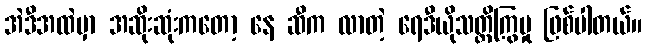
အဲဒီအထဲမှာ အဆိုးဆုံးကတော့ နေ ဆီက လာတဲ့ ရေဒီယိုသတ္တိကြွမှု ဖြစ်ပါတယ်။